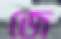
জে